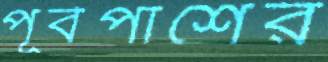
পূর্বপাশের